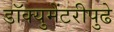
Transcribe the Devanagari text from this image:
डॉक्युमेंटरीपुढे